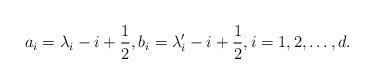
LaTeX: \begin{gather*}a_i = \lambda_i-i+\frac{1}{2}, b_i = \lambda_i'-i+\frac{1}{2}, i=1,2,\dots, d.\end{gather*}